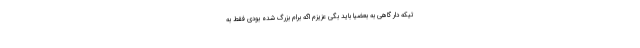
تیکه دار گاهی به بعضیا باید بگی عزیزم اگه برام بزرگ شده بودی فقط به